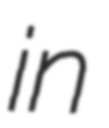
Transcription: in